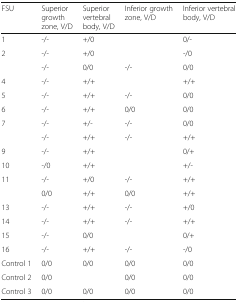
<table><thead><tr><td><b>FSU</b></td><td><b>Superior growth zone, V/D</b></td><td><b>Superior vertebral body, V/D</b></td><td><b>Inferior growth zone, V/D</b></td><td><b>Inferior vertebral body, V/D</b></td></tr></thead><tbody><tr><td>1</td><td>-/-</td><td>+/0</td><td>[EMPTY_CELL]</td><td>0/-</td></tr><tr><td>2</td><td>-/-</td><td>+/0</td><td>[EMPTY_CELL]</td><td>-/0</td></tr><tr><td>[EMPTY_CELL]</td><td>-/-</td><td>0/0</td><td>-/-</td><td>0/0</td></tr><tr><td>4</td><td>-/-</td><td>+/+</td><td>[EMPTY_CELL]</td><td>+/+</td></tr><tr><td>5</td><td>-/-</td><td>+/+</td><td>-/-</td><td>0/0</td></tr><tr><td>6</td><td>-/-</td><td>+/+</td><td>0/0</td><td>0/0</td></tr><tr><td>7</td><td>-/-</td><td>+/-</td><td>-/-</td><td>0/0</td></tr><tr><td>[EMPTY_CELL]</td><td>-/-</td><td>+/+</td><td>-/-</td><td>+/+</td></tr><tr><td>9</td><td>-/-</td><td>+/+</td><td>[EMPTY_CELL]</td><td>0/+</td></tr><tr><td>10</td><td>-/0</td><td>+/+</td><td>[EMPTY_CELL]</td><td>+/-</td></tr><tr><td>11</td><td>-/-</td><td>+/0</td><td>-/-</td><td>+/+</td></tr><tr><td>[EMPTY_CELL]</td><td>0/0</td><td>+/+</td><td>0/0</td><td>+/+</td></tr><tr><td>13</td><td>-/-</td><td>+/+</td><td>-/-</td><td>+/0</td></tr><tr><td>14</td><td>-/-</td><td>+/+</td><td>-/-</td><td>+/+</td></tr><tr><td>15</td><td>-/-</td><td>0/0</td><td>[EMPTY_CELL]</td><td>0/+</td></tr><tr><td>16</td><td>-/-</td><td>+/+</td><td>-/-</td><td>-/0</td></tr><tr><td>Control 1</td><td>0/0</td><td>0/0</td><td>0/0</td><td>0/0</td></tr><tr><td>Control 2</td><td>0/0</td><td>[EMPTY_CELL]</td><td>0/0</td><td>0/0</td></tr><tr><td>Control 3</td><td>0/0</td><td>0/0</td><td>0/0</td><td>0/0</td></tr></tbody></table>